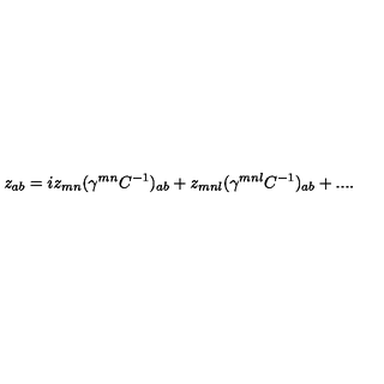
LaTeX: z _ { a b } = i z _ { m n } ( \gamma ^ { m n } C ^ { - 1 } ) _ { a b } + z _ { m n l } ( \gamma ^ { m n l } C ^ { - 1 } ) _ { a b } + . . . .